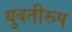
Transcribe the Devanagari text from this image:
युवतीरूप